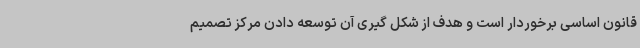
قانون اساسی برخوردار است و هدف از شکل گیری آن توسعه دادن مرکز تصمیم